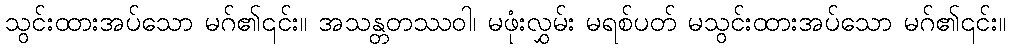
သွင်းထားအပ်သော မဂ်၏၎င်း။ အသန္တတဿဝါ၊ မဖုံးလွှမ်း မရစ်ပတ် မသွင်းထားအပ်သော မဂ်၏၎င်း။